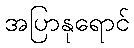
အပြာနုရောင်